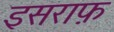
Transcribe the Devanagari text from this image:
इसराफ़